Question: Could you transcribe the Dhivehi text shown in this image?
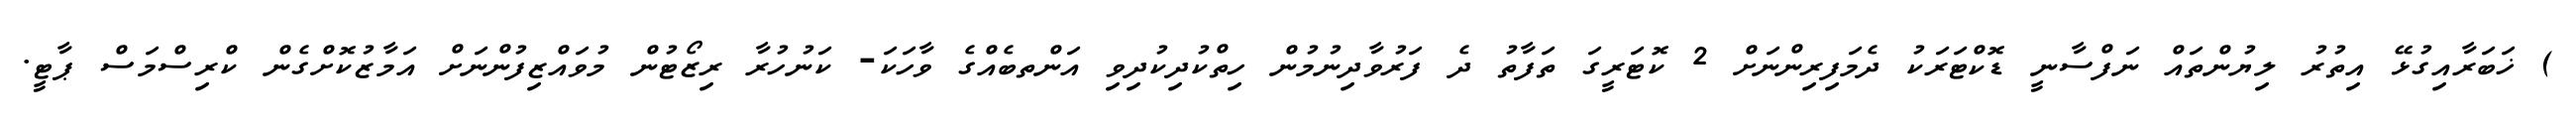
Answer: ) ޚަބަރާއިގުޅޭ އިތުރު ލިޔުންތައް ނަފްސާނީ ޑޮކްޓަރަކު ދެމަފިރިންނަށް 2 ކޮޓަރީގަ ތަފާތު ދެ ފަރުވާދިނުމުން ހިތްކުދިކުދިވި އަންތބެއްގެ ވާހަކަ- ކަނުހުރާ ރިޒޯޓުން މުވައްޒިފުންނަށް އަމާޒުކޮށްގެން ކްރިސްމަސް ޕާޓީ.